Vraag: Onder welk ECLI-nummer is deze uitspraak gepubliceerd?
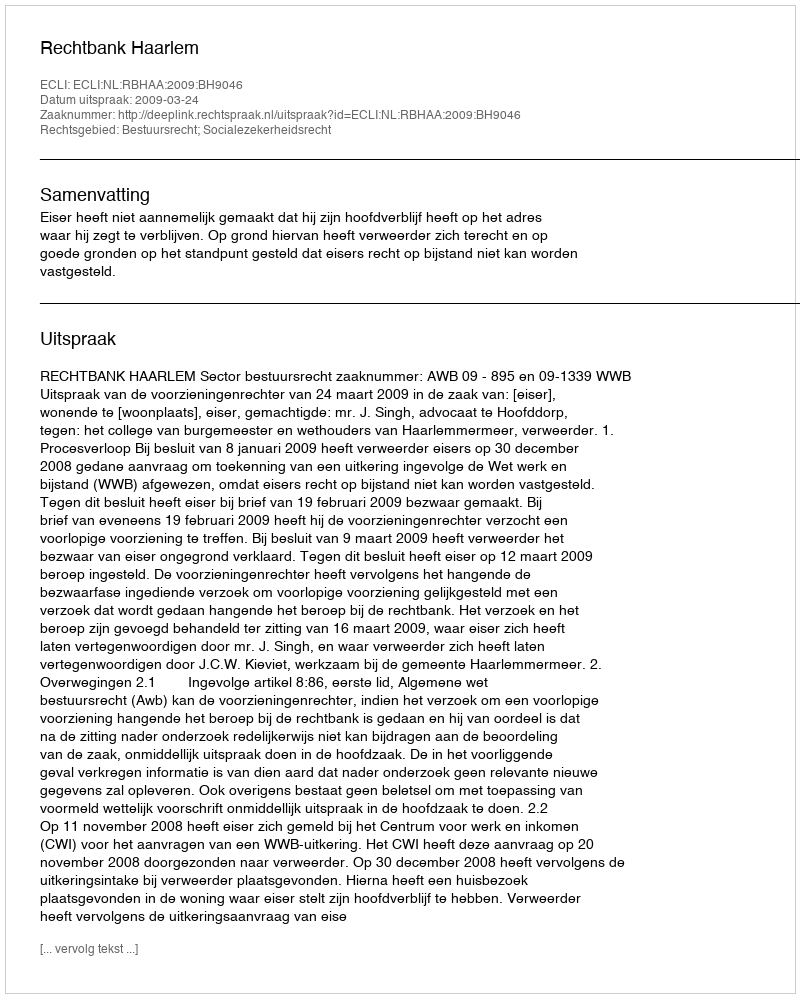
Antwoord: ECLI:NL:RBHAA:2009:BH9046